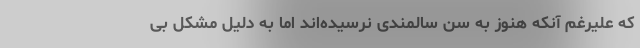
که علیرغم آنکه هنوز به سن سالمندی نرسیده‌اند اما به دلیل مشکل بی‌